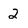
Character: 2